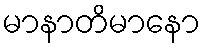
မာနာတိမာနော